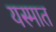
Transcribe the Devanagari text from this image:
यस्मात